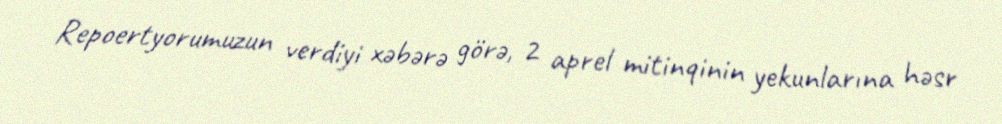
Repoertyorumuzun verdiyi xəbərə görə, 2 aprel mitinqinin yekunlarına həsr